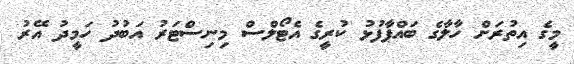
މީގެ އިތުރަށް ހާލާގެ ބައްޕާފުޅު ކުރީގެ އެޓޯލްސް މިނިސްޓަރު އަބުދު ހަމީދު އޭރު